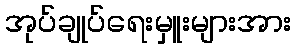
အုပ်ချုပ်ရေးမှူးများအား